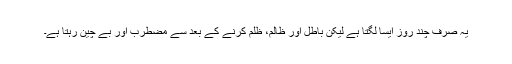
یہ صرف چند روز ایسا لگتا ہے لیکن باطل اور ظالم، ظلم کرنے کے بعد سے مضطرب اور بے چین رہتا ہے۔